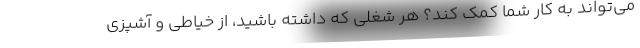
می‌تواند به کار شما کمک کند؟ هر شغلی که داشته باشید، از خیاطی و آشپزی